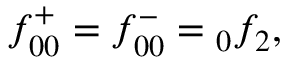
f _ { 0 0 } ^ { + } = f _ { 0 0 } ^ { - } = \phantom { } _ { 0 } f _ { 2 } ,